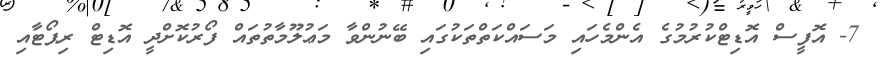
7- އޮފީސް އޮޑިޓްކުރުމުގެ އެންމެހައި މަސައްކަތްތަކުގައި ބޭނުންވާ މަޢުލޫމާތުތައް ފޯރުކޮށްދީ އޮޑިޓް ރިޕޯޓާއި